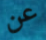
عن